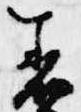
着